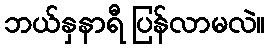
ဘယ်နှနာရီ ပြန်လာမလဲ။